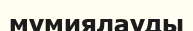
мумиялауды